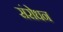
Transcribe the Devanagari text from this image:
संरोधन